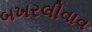
બખરલીવાવ